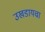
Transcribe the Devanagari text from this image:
उखडायचा